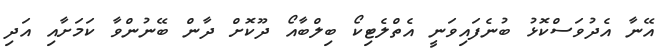
އޭނާ އެދުވަސްކޮޅު ބުނެފައިވަނީ އެތްލެޓިކޯ ބިލްބާއޯ ދޫކޮށް ދާން ބޭނުންވާ ކަމަށާއި އަދި